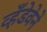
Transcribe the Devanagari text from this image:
व्हँडेवेने